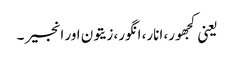
یعنی کجھور، انار، انگور، زیتون اور انجیر ۔